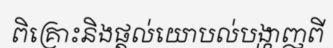
ពិគ្រោះនិងផ្តល់យោបល់បង្ហាញពី